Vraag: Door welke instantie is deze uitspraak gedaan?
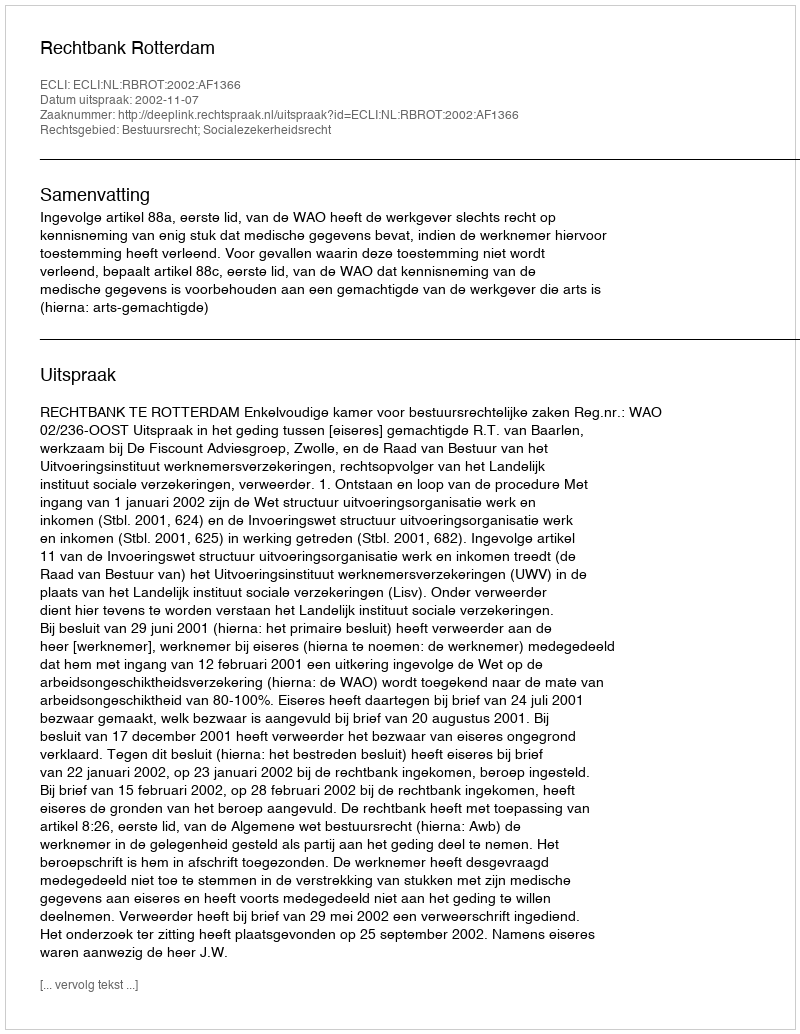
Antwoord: Rechtbank Rotterdam